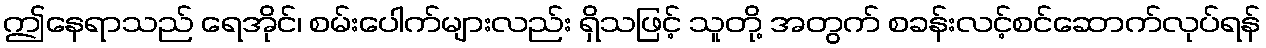
ဤနေရာသည် ရေအိုင်၊ စမ်းပေါက်များလည်း ရှိသဖြင့် သူတို့ အတွက် စခန်းလင့်စင်ဆောက်လုပ်ရန်